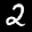
Label: 2